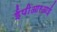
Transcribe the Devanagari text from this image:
ईपीआरआई